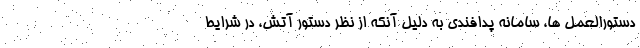
دستورالعمل ها، سامانه پدافندی به دلیل آنکه از نظر دستور آتش، در شرایط